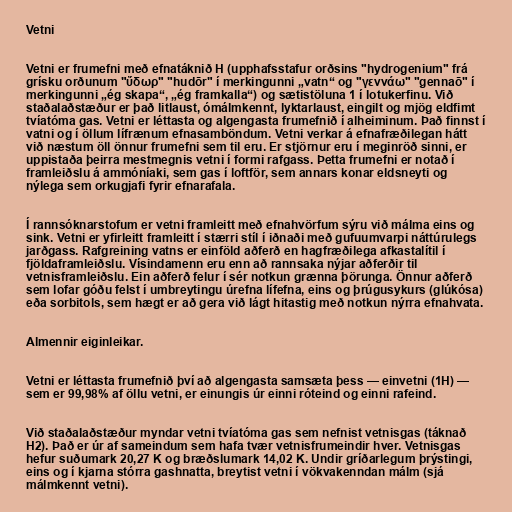
Vetni

Vetni er frumefni með efnatáknið H (upphafsstafur orðsins "hydrogenium" frá
grísku orðunum "ὕδωρ" "hudōr" í merkingunni „vatn“ og "γεννάω" "gennaō" í
merkingunni „ég skapa“, „ég framkalla“) og sætistöluna 1 í lotukerfinu. Við
staðalaðstæður er það litlaust, ómálmkennt, lyktarlaust, eingilt og mjög eldfimt
tvíatóma gas. Vetni er léttasta og algengasta frumefnið í alheiminum. Það finnst í
vatni og í öllum lífrænum efnasamböndum. Vetni verkar á efnafræðilegan hátt
við næstum öll önnur frumefni sem til eru. Er stjörnur eru í meginröð sinni, er
uppistaða þeirra mestmegnis vetni í formi rafgass. Þetta frumefni er notað í
framleiðslu á ammóníaki, sem gas í loftför, sem annars konar eldsneyti og
nýlega sem orkugjafi fyrir efnarafala.

Í rannsóknarstofum er vetni framleitt með efnahvörfum sýru við málma eins og
sink. Vetni er yfirleitt framleitt í stærri stíl í iðnaði með gufuumvarpi náttúrulegs
jarðgass. Rafgreining vatns er einföld aðferð en hagfræðilega afkastalítil í
fjöldaframleiðslu. Vísindamenn eru enn að rannsaka nýjar aðferðir til
vetnisframleiðslu. Ein aðferð felur í sér notkun grænna þörunga. Önnur aðferð
sem lofar góðu felst í umbreytingu úrefna lífefna, eins og þrúgusykurs (glúkósa)
eða sorbitols, sem hægt er að gera við lágt hitastig með notkun nýrra efnahvata.

Almennir eiginleikar.

Vetni er léttasta frumefnið því að algengasta samsæta þess — einvetni (1H) —
sem er 99,98% af öllu vetni, er einungis úr einni róteind og einni rafeind.

Við staðalaðstæður myndar vetni tvíatóma gas sem nefnist vetnisgas (táknað
H2). Það er úr af sameindum sem hafa tvær vetnisfrumeindir hver. Vetnisgas
hefur suðumark 20,27 K og bræðslumark 14,02 K. Undir gríðarlegum þrýstingi,
eins og í kjarna stórra gashnatta, breytist vetni í vökvakenndan málm (sjá
málmkennt vetni).